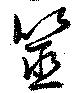
筮